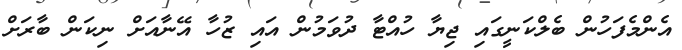
އެންމެފަހުން ބެލްކަނީގައި ޖިޔާ ހުއްޓާ ދުވަމުން އައި ޒުހާ އޭނާއަށް ނިކަން ބާރަށް